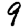
Digit: 9